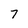
Character: 7